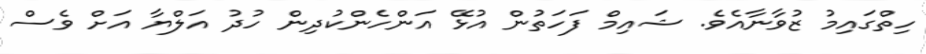
ހިތްގައިމު ޒުވާނާއެވެ. ޝައިމް ފަހަތުން އުޅޭ އަންހެންކުދިން ހުދު އަލްޔާ އަށް ވެސް